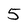
Character: 5